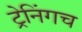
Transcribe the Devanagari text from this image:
ट्रेनिंगच